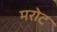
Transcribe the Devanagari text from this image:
मरोट